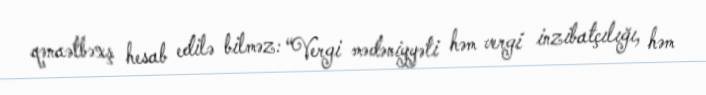
qənaətbəxş hesab edilə bilməz: “Vergi mədəniyyəti həm vergi inzibatçılığı, həm